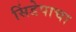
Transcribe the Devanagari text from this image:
सिंडेपाचा